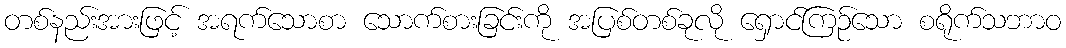
တစ်နည်းအားဖြင့် အရက်သောစာ သောက်စားခြင်းကို အပြစ်တစ်ခုလို ရှောင်ကြဉ်သော စရိုက်သဘာဝ